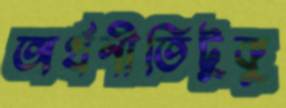
অর্থনীতিটুকু